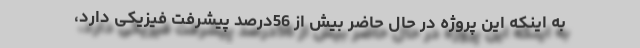
به اینکه این پروژه در حال حاضر بیش از 56درصد پیشرفت فیزیکی دارد،